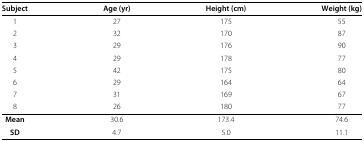
<table><thead><tr><td><b>Subject</b></td><td><b>Age (yr)</b></td><td><b>Height (cm)</b></td><td><b>Weight (kg)</b></td></tr></thead><tbody><tr><td>1</td><td>27</td><td>175</td><td>55</td></tr><tr><td>2</td><td>32</td><td>170</td><td>87</td></tr><tr><td>3</td><td>29</td><td>176</td><td>90</td></tr><tr><td>4</td><td>29</td><td>178</td><td>77</td></tr><tr><td>5</td><td>42</td><td>175</td><td>80</td></tr><tr><td>6</td><td>29</td><td>164</td><td>64</td></tr><tr><td>7</td><td>31</td><td>169</td><td>67</td></tr><tr><td>8</td><td>26</td><td>180</td><td>77</td></tr><tr><td><b>Mean</b></td><td>30.6</td><td>173.4</td><td>74.6</td></tr><tr><td><b>SD</b></td><td>4.7</td><td>5.0</td><td>11.1</td></tr></tbody></table>